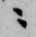
ニ